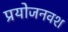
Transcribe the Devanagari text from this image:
प्रयोजनवश